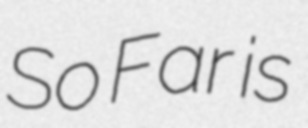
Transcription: So Far is